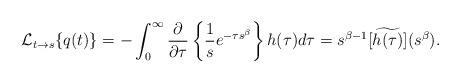
LaTeX: \begin{align*}\mathcal{L}_{t\to s}\{q(t)\} &= -\int_0^\infty \frac{\partial}{\partial\tau} \left\{ \frac{1}{s} e^{-\tau s^\beta} \right\} h(\tau) d\tau = s^{\beta-1}[\widetilde{h(\tau)}](s^\beta).\end{align*}